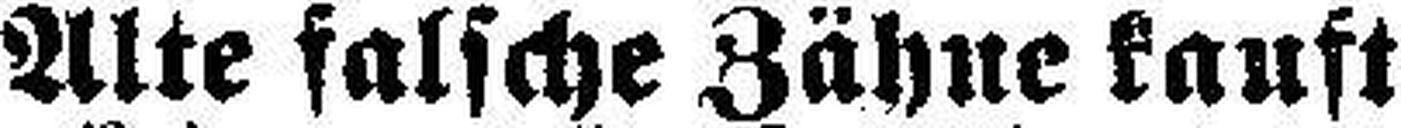
Alte falsche Zähne kauft